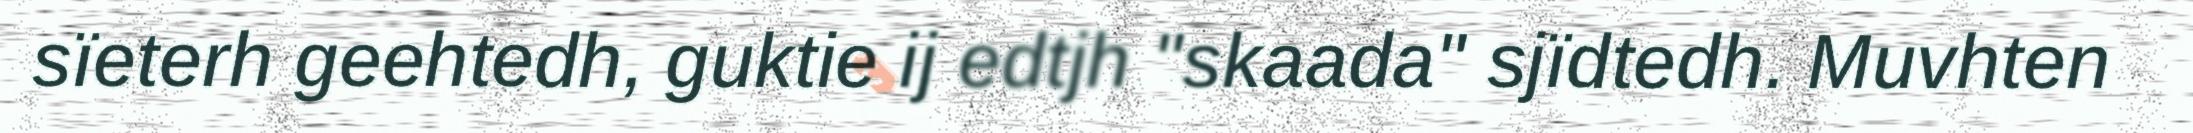
sïeterh geehtedh, guktie ij edtjh "skaada" sjïdtedh. Muvhten